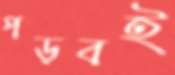
পড়বই